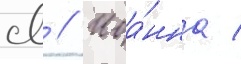
св // Иоа́нна /